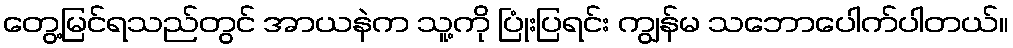
တွေ့မြင်ရသည်တွင် အာယနဲက သူ့ကို ပြုံးပြရင်း ကျွန်မ သဘောပေါက်ပါတယ်။